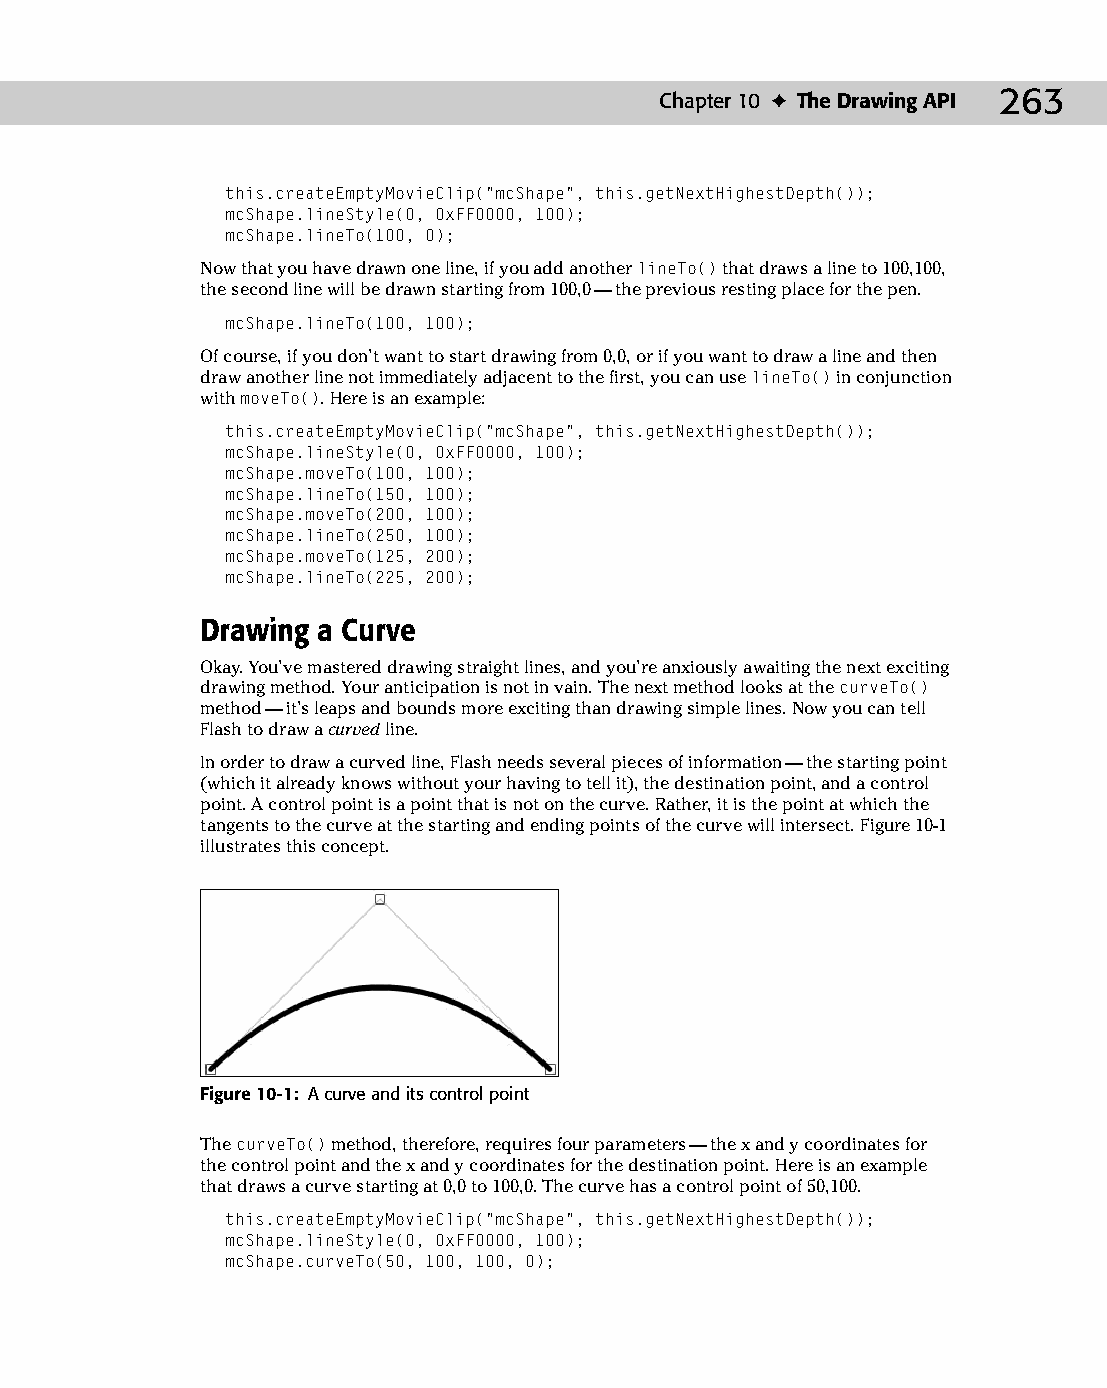
14 543547 ch10.qxd 3/24/04 3:49 PM Page 263
 Chapter 10 ✦ The Drawing API 263
 this.createEmptyMovieClip(“mcShape”, this.getNextHighestDepth());
 mcShape.lineStyle(0, 0xFF0000, 100);
 mcShape.lineTo(100, 0);
 Now that you have drawn one line, if you add another lineTo() that draws a line to 100,100,
 the second line will be drawn starting from 100,0 — the previous resting place for the pen.
 mcShape.lineTo(100, 100);
 Of course, if you don’t want to start drawing from 0,0, or if you want to draw a line and then
 draw another line not immediately adjacent to the first, you can use lineTo() in conjunction
 with moveTo(). Here is an example:
 this.createEmptyMovieClip(“mcShape”, this.getNextHighestDepth());
 mcShape.lineStyle(0, 0xFF0000, 100);
 mcShape.moveTo(100, 100);
 mcShape.lineTo(150, 100);
 mcShape.moveTo(200, 100);
 mcShape.lineTo(250, 100);
 mcShape.moveTo(125, 200);
 mcShape.lineTo(225, 200);
 Drawing a Curve
 Okay. You’ve mastered drawing straight lines, and you’re anxiously awaiting the next exciting
 drawing method. Your anticipation is not in vain. The next method looks at the curveTo()
 method — it’s leaps and bounds more exciting than drawing simple lines. Now you can tell
 Flash to draw a curved line.
 In order to draw a curved line, Flash needs several pieces of information — the starting point
 (which it already knows without your having to tell it), the destination point, and a control
 point. A control point is a point that is not on the curve. Rather, it is the point at which the
 tangents to the curve at the starting and ending points of the curve will intersect. Figure 10-1
 illustrates this concept.
 Figure 10-1: A curve and its control point
 The curveTo() method, therefore, requires four parameters — the x and y coordinates for
 the control point and the x and y coordinates for the destination point. Here is an example
 that draws a curve starting at 0,0 to 100,0. The curve has a control point of 50,100.
 this.createEmptyMovieClip(“mcShape”, this.getNextHighestDepth());
 mcShape.lineStyle(0, 0xFF0000, 100);
 mcShape.curveTo(50, 100, 100, 0);